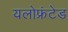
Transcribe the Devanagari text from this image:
यलोफ्रंटेड